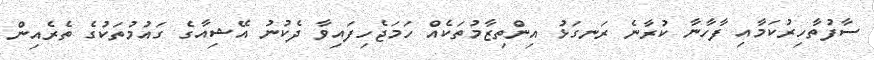
ސާފުތާހިރުކަމާއި ފާހާނާ ކުރާނެ ރަނގަޅު އިންތިޒާމުތަކެއް ހަމަޖެހިފައިވާ ދެކުނު އޭޝިއާގެ ގައުމުތަކުގެ ތެރެއިން